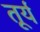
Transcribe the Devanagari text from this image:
तूर्य